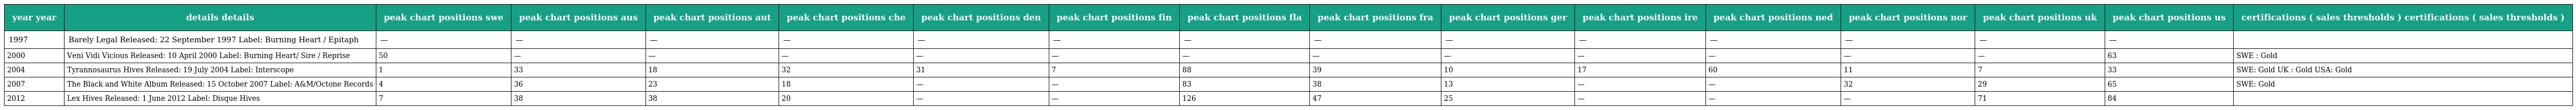
| year year | details details | peak chart positions swe | peak chart positions aus | peak chart positions aut | peak chart positions che | peak chart positions den | peak chart positions fin | peak chart positions fla | peak chart positions fra | peak chart positions ger | peak chart positions ire | peak chart positions ned | peak chart positions nor | peak chart positions uk | peak chart positions us | certifications ( sales thresholds ) certifications ( sales thresholds ) |
 | --- | --- | --- | --- | --- | --- | --- | --- | --- | --- | --- | --- | --- | --- | --- | --- | --- |
 | 1997 | Barely Legal Released: 22 September 1997 Label: Burning Heart / Epitaph | — | — | — | — | — | — | — | — | — | — | — | — | — | — |  |
 | 2000 | Veni Vidi Vicious Released: 10 April 2000 Label: Burning Heart/ Sire / Reprise | 50 | — | — | — | — | — | — | — | — | — | — | — | — | 63 | SWE : Gold |
 | 2004 | Tyrannosaurus Hives Released: 19 July 2004 Label: Interscope | 1 | 33 | 18 | 32 | 31 | 7 | 88 | 39 | 10 | 17 | 60 | 11 | 7 | 33 | SWE: Gold UK : Gold USA: Gold |
 | 2007 | The Black and White Album Released: 15 October 2007 Label: A&M/Octone Records | 4 | 36 | 23 | 18 | — | — | 83 | 38 | 13 | — | — | 32 | 29 | 65 | SWE: Gold |
 | 2012 | Lex Hives Released: 1 June 2012 Label: Disque Hives | 7 | 38 | 38 | 20 | — | — | 126 | 47 | 25 | — | — | — | 71 | 84 |  |